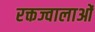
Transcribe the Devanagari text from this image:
रक्तज्वालाओं